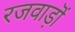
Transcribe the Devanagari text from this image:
रजवाड़ॊं